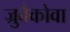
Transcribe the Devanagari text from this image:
ज्रुबैकोवा